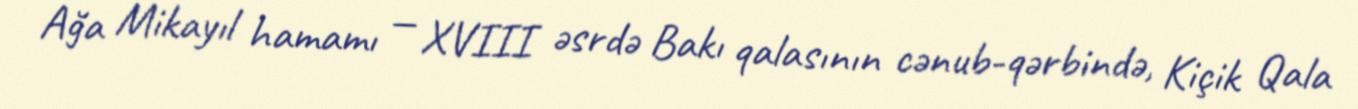
Ağa Mikayıl hamamı — XVIII əsrdə Bakı qalasının cənub-qərbində, Kiçik Qala